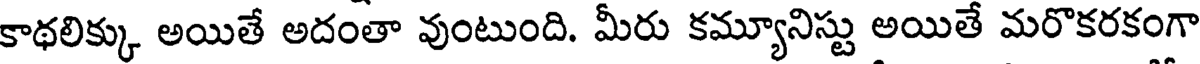
కాథలిక్కు అయితే అదంతా వుంటుంది. మీరు కమ్యూనిస్టు అయితే మరొకరకంగా